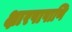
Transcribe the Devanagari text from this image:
क्षारपापाणि